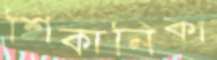
শিকানিকা